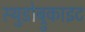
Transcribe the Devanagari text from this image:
स्थुडोब्रुकाइट